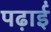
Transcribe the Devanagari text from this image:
पढ़ाईं